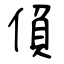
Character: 偩